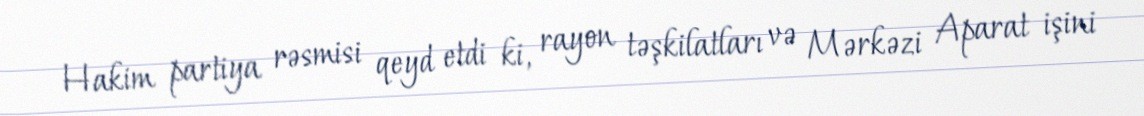
Hakim partiya rəsmisi qeyd etdi ki, rayon təşkilatları və Mərkəzi Aparat işini